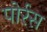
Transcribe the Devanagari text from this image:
पोर्रस